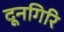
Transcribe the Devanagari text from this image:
दूनगिरि